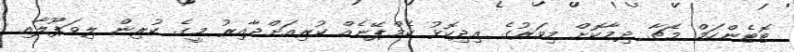
ޓޮޓެންހަމް މެޗާ ދިމާކޮށް މިވަރުގެ އިދިކޮޅު ކެމްޕޭނެއް ކުރިއަށްދާއިރު މީގެ ކުރިން ލިވަޕޫލާއި